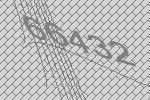
66432